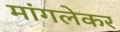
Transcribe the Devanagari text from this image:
मांगलेकर